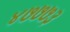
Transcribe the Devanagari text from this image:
४७७७३